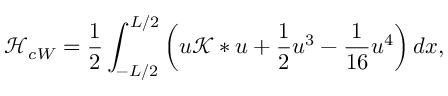
\mathcal { H } _ { c W } = \frac { 1 } { 2 } \int _ { - L / 2 } ^ { L / 2 } \left( u \mathcal { K } * u + \frac { 1 } { 2 } u ^ { 3 } - \frac { 1 } { 1 6 } u ^ { 4 } \right) d x ,